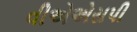
વીએએસપી